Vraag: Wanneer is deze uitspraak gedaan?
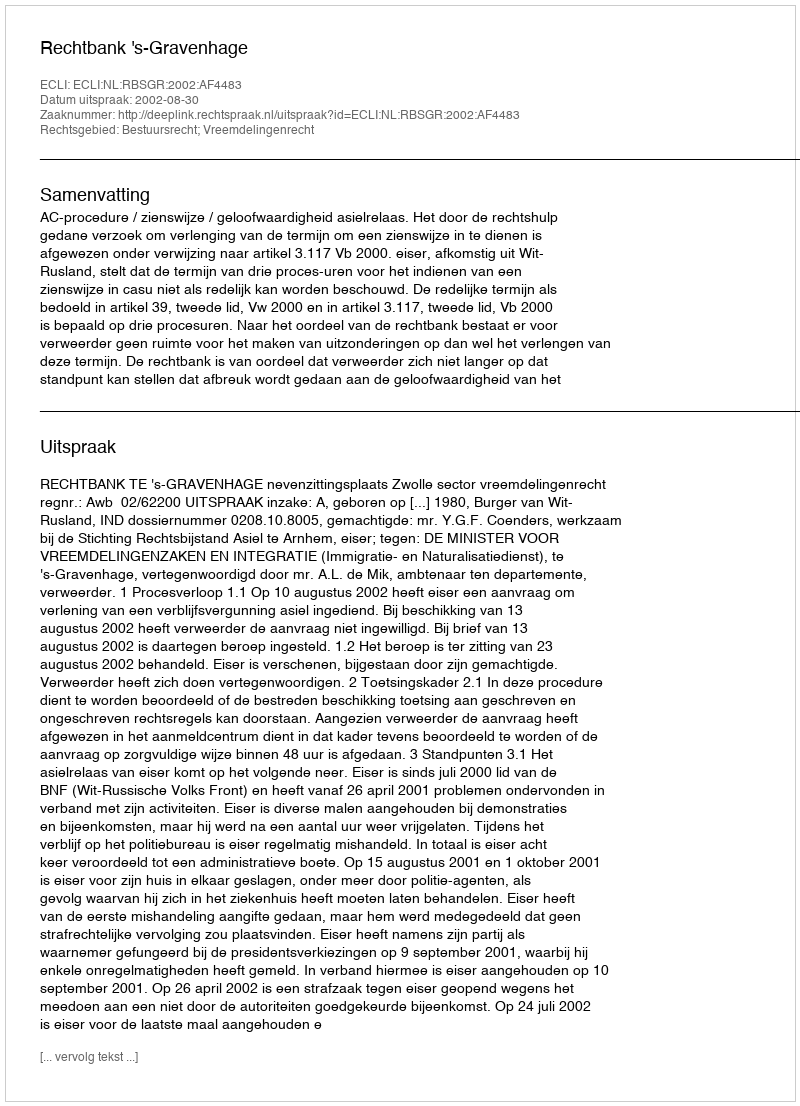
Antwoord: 2002-08-30